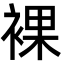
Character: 裸